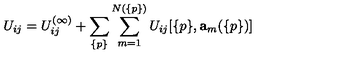
U _ { i j } = U _ { i j } ^ { ( \infty ) } + \sum _ { \{ p \} } \sum _ { m = 1 } ^ { N ( \{ p \} ) } U _ { i j } [ \{ p \} , { \bf a } _ { m } ( \{ p \} ) ]